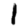
Digit: 1